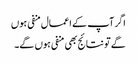
اگر آپ کے اعمال منفی ہوں
گے تو نتائج بھی منفی ہوں گے۔